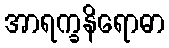
အာရက္ခနိရောဓာ